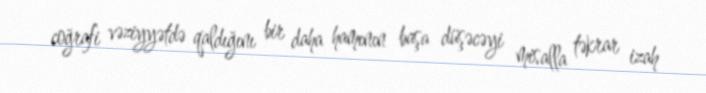
coğrafi vəziyyətdə qaldığını bir daha hamının başa düşəcəyi misalla təkrar izah